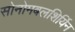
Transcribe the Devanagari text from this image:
सोनोमबलशिर्यिन